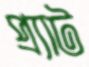
প্র্যাট